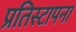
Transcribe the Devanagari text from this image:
प्रतिस्टापना